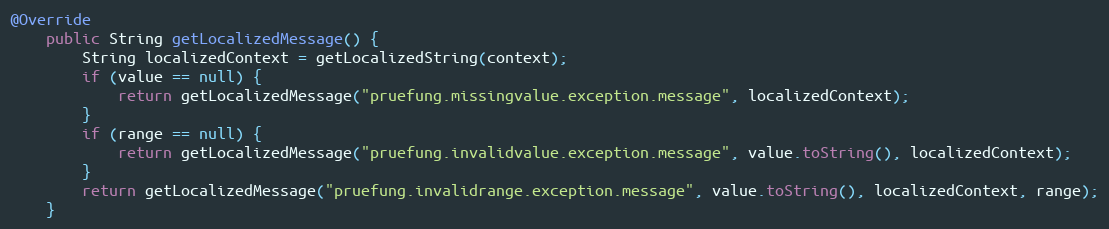
Language: Java
@Override
    public String getLocalizedMessage() {
        String localizedContext = getLocalizedString(context);
        if (value == null) {
            return getLocalizedMessage("pruefung.missingvalue.exception.message", localizedContext);
        }
        if (range == null) {
            return getLocalizedMessage("pruefung.invalidvalue.exception.message", value.toString(), localizedContext);
        }
        return getLocalizedMessage("pruefung.invalidrange.exception.message", value.toString(), localizedContext, range);
    }